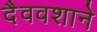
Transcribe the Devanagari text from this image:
दैववशाने